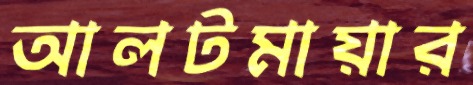
আলটমায়ার